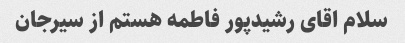
سلام اقای رشیدپور فاطمه هستم از سیرجان